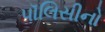
પૉલિસીનો